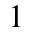
^ { 1 }